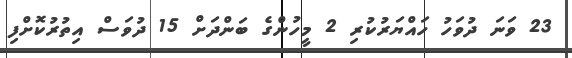
23 ވަނަ ދުވަހު ހައްޔަރުކުރި 2 މީހުންގެ ބަންދަށް 15 ދުވަސް އިތުރުކޮށްފި